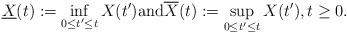
LaTeX: \begin{align*}\underline{X}(t) := \inf_{0 \leq t' \leq t} X(t') \textrm{and} \overline{X}(t) := \sup_{0 \leq t' \leq t} X(t'), t \geq 0.\end{align*}